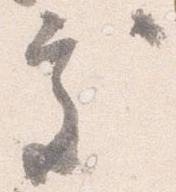
処